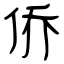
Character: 侨